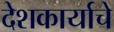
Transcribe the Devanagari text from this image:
देशकार्याचे